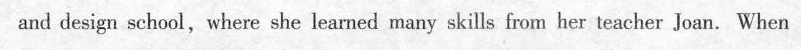
and design school,where she learned many skills from her teacher Joan. When